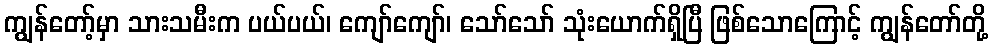
ကျွန်တော့်မှာ သားသမီးက ပယ်ပယ်၊ ကျော်ကျော်၊ သော်သော် သုံးယောက်ရှိပြီ ဖြစ်သောကြောင့် ကျွန်တော်တို့